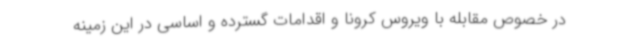
در خصوص مقابله با ویروس کرونا و اقدامات گسترده و اساسی در این زمینه